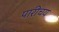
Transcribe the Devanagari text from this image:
पारीचय